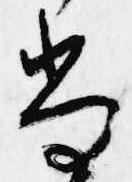
尚